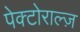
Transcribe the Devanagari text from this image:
पेक्टोराल्ज़